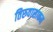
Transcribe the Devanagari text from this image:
तिरुवासाकम